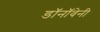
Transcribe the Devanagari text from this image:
डॉनॉवेनी